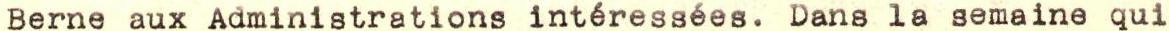
Berne aux Administrations intéressées. Dans la semaine qui